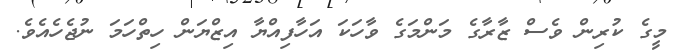
މީގެ ކުރިން ވެސް ޒާރާގެ މަންމަގެ ވާހަކަ އަހާފިއްޔާ އިޒްޔަން ހިތްހަމަ ނުޖެހެއެވެ.